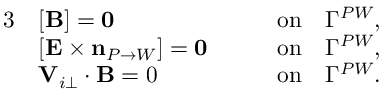
\begin{array} { r l r } { { 3 } } & { [ { \mathbf B } ] = \mathbf { 0 } \qquad } & { \mathrm { o n } \quad \Gamma ^ { P W } , } \\ & { [ { \mathbf E } \times \mathbf { n } _ { P \rightarrow W } ] = \mathbf { 0 } \qquad } & { \mathrm { o n } \quad \Gamma ^ { P W } , } \\ & { \mathbf V _ { i \perp } \cdot \mathbf B = 0 \qquad } & { \mathrm { o n } \quad \Gamma ^ { P W } . } \end{array}